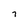
Character: 7